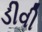
ડીવી